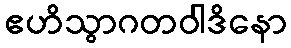
ဧဟိသွာဂတဝါဒိနော